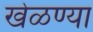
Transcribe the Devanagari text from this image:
खेळण्या